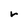
Character: r